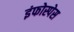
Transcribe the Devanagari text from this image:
इंफोस्पेस